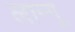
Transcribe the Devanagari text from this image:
लान्गू